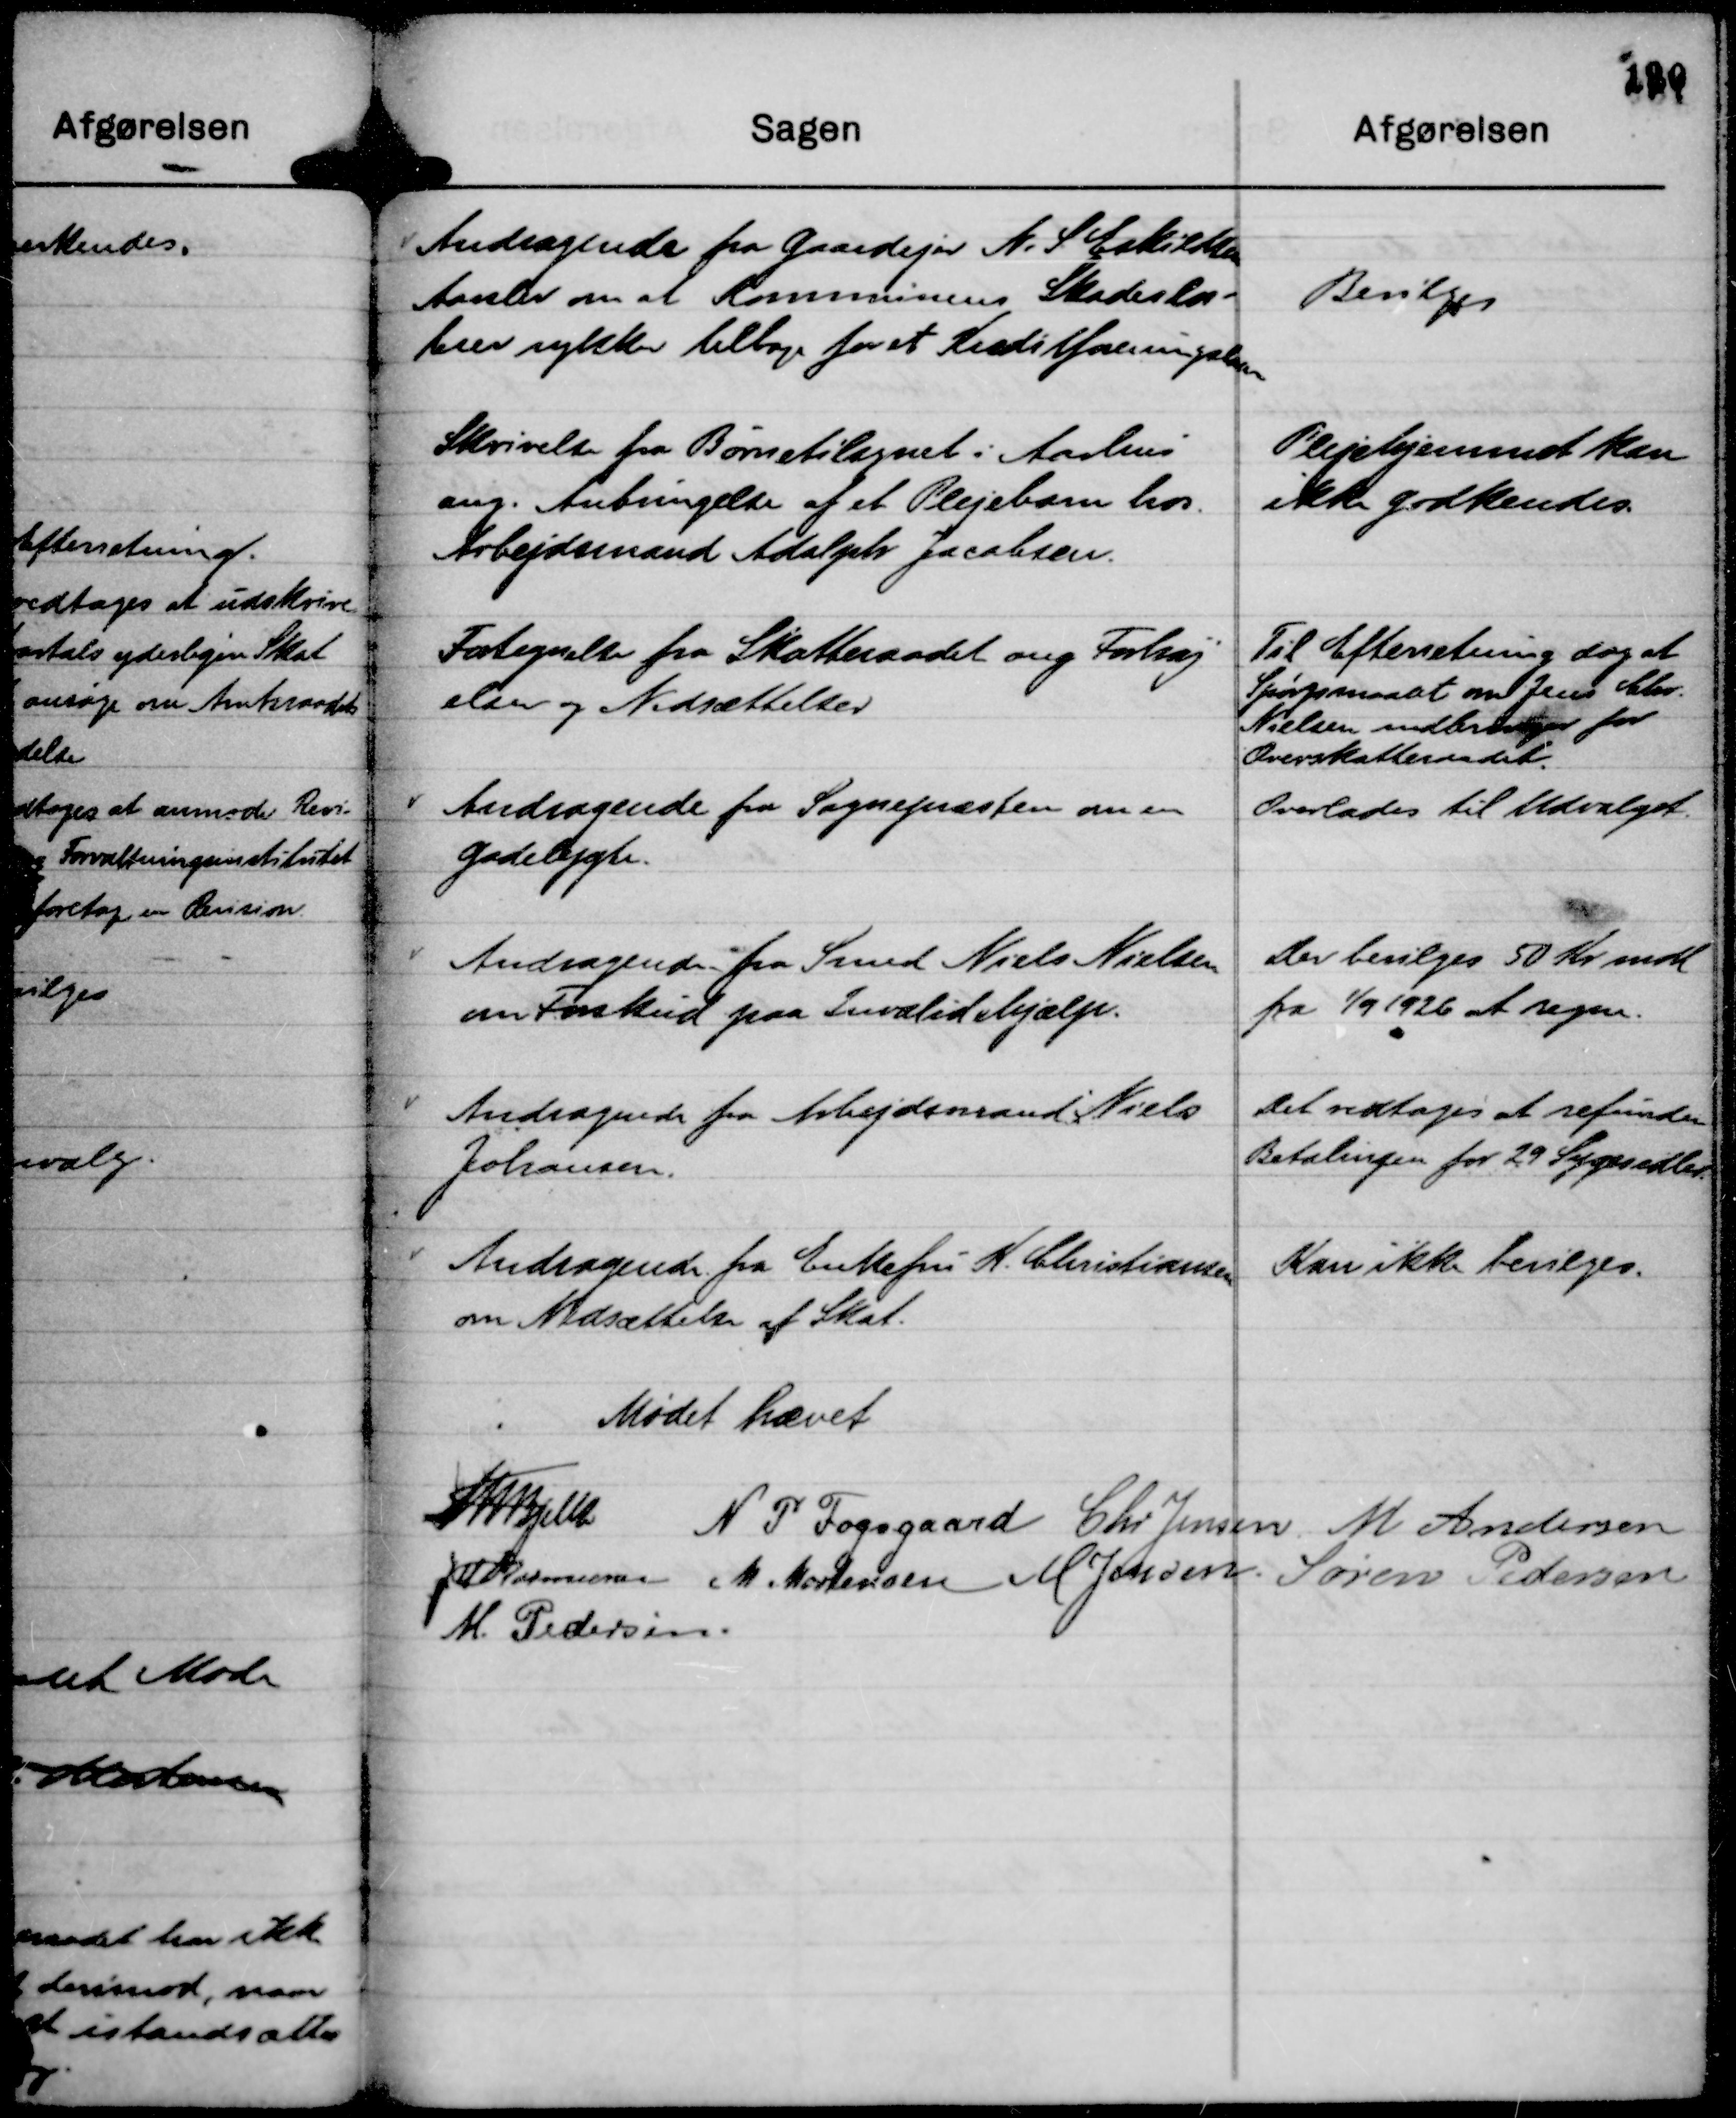
Transskription:
Andragende fra Gaardejer N. S. Eskildsen
Aarslev om at Kommunens Skadesløs-
brev rykker tilbage for et Kreditforeningslaan

Bevilges

Skrivelse fra Børnetilsynet i Aarhus
ang. Anbringelse af et Plejebarn hos
Arbejdsmand Adolph Jacobsen.

Plejehjemmet kan
ikke godkendes.

Fortegnelse fra Skatteraadet ang Forhøj
elser og Nedsættelser

Til Efterretning dog at
Spørgsmaalet om Jens Chr.
Nielsen indbringes for
Overskatteraadet.

Andragende fra Sognepræsten om en
Gadelygte.

Overlades til Udvalget.

Andragende fra Smed Niels Nielsen
om Forskud paa Invalidehjælp.

Der bevilges 50 Kr mdl
fra

1/9 1926 at regne.

Andragende fra Arbejdsmand Niels
Johansen.

Det vedtoges at refundere
Betalingen for 29 Sygesedler.

Andragende fra Enkefru K. Christiansen
om Nedsættelse af Skat.

Kan ikke bevilges.

Mødet hævet
Th Bjelke
N P Fogsgaard
Chr Jensen.
M Andersen
JM Rasmussen
M. Mortensen
M Jensen
Søren Pedersen
M. Pedersen.